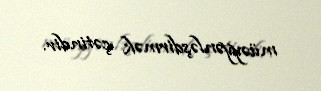
müəyyənləşdirmək çətindir.